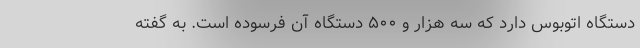
دستگاه اتوبوس دارد که سه هزار و ۵۰۰ دستگاه آن فرسوده‌ است. به گفته